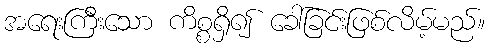
အရေးကြီးသော ကိစ္စရှိ၍ ခေါ်ခြင်းဖြစ်လိမ့်မည်။